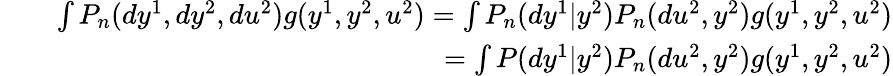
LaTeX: \begin{array}{rlr}&{}&{\int P_{n}(dy^{1},dy^{2},du^{2})g(y^{1},y^{2},u^{2})=\int P_{n}(dy^{1}|y^{2})P_{n}(du^{2},y^{2})g(y^{1},y^{2},u^{2})}\\ &{}&{=\int P(dy^{1}|y^{2})P_{n}(du^{2},y^{2})g(y^{1},y^{2},u^{2})}\end{array}